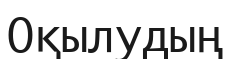
Оқылудың